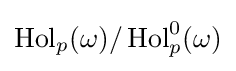
\operatorname {Hol} _{p}(\omega )/\operatorname {Hol} _{p}^{0}(\omega )